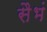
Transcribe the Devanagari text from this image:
सैभं